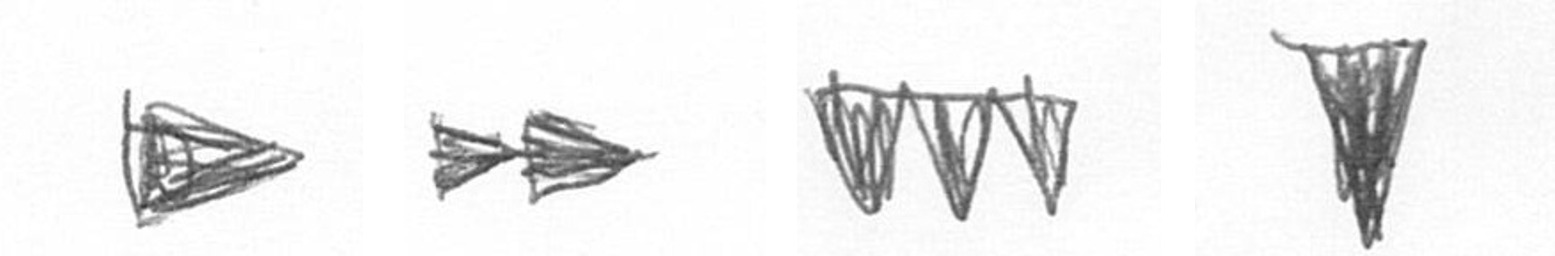
T A L J